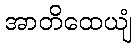
အာတိထေယျံ